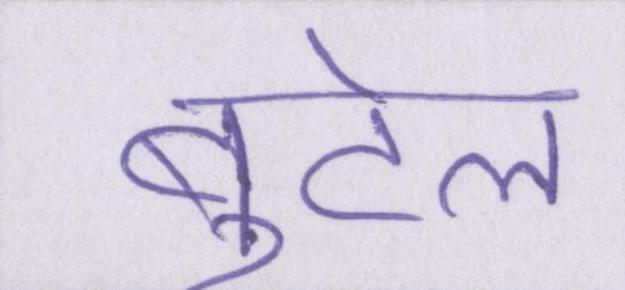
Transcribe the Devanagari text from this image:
बुटेल